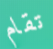
تقام